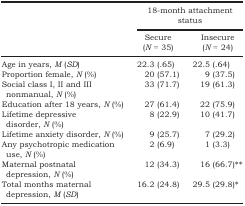
<table><thead><tr><td></td><td colspan="2"><b>18-month attachment status</b></td></tr><tr><td></td><td><b>Secure (<i>N</i> = 35)</b></td><td><b>Insecure (<i>N</i> = 24)</b></td></tr></thead><tbody><tr><td>Age in years, <i>M</i> (<i>SD</i>)</td><td>22.3 (.65)</td><td>22.5 (.64)</td></tr><tr><td>Proportion female, <i>N</i> (%)</td><td>20 (57.1)</td><td>9 (37.5)</td></tr><tr><td>Social class I, II and III nonmanual, <i>N</i> (%)</td><td>33 (71.7)</td><td>19 (61.3)</td></tr><tr><td>Education after 18 years, <i>N</i> (%)</td><td>27 (61.4)</td><td>22 (75.9)</td></tr><tr><td>Lifetime depressive disorder, <i>N</i> (%)</td><td>8 (22.9)</td><td>10 (41.7)</td></tr><tr><td>Lifetime anxiety disorder, <i>N</i> (%)</td><td>9 (25.7)</td><td>7 (29.2)</td></tr><tr><td>Any psychotropic medication use, <i>N</i> (%)</td><td>2 (6.9)</td><td>1 (3.3)</td></tr><tr><td>Maternal postnatal depression, <i>N</i> (%)</td><td>12 (34.3)</td><td>16 (66.7)**</td></tr><tr><td>Total months maternal depression, <i>M</i> (<i>SD</i>)</td><td>16.2 (24.8)</td><td>29.5 (29.8)*</td></tr></tbody></table>